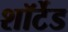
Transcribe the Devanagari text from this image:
शॉर्टेड